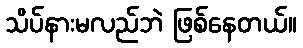
သိပ်နားမလည်ဘဲ ဖြစ်နေတယ်။